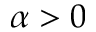
\alpha > 0